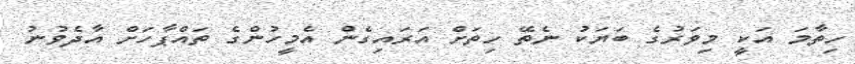
ހިތާމަ އަކީ މިވަރުގެ ބަޔަކު ނެތޭ ހިތަށް އަރައިގެން އެމީހުންގެ ތައްޕާހަށް އާދެވުނު